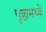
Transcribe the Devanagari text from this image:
पृष्ठामध्ये